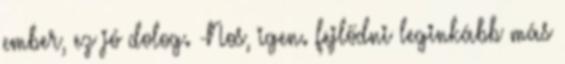
ember, ez jó dolog. -Nos, igen. fejlődni leginkább más